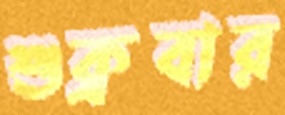
শুক্রবার